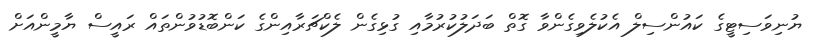
ޔުނިވަސިޓީގެ ކައުންސިލް އެކުލެވިގެންވާ ގޮތް ބަދަލުކުރުމާއި ގުޅިގެން ލެކްޗަރާއިންގެ ކަންބޮޑުވުންތައް ރައީސް ޔާމީންއަށް